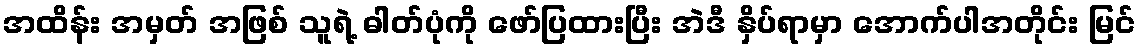
အထိန်း အမှတ် အဖြစ် သူရဲ့ ဓါတ်ပုံကို ဖော်ပြထားပြီး အဲဒီ နှိပ်ရာမှာ အောက်ပါအတိုင်း မြင်